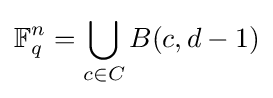
\mathbb {F} _{q}^{n}=\bigcup _{c\in C}B(c,d-1)